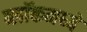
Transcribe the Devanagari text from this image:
ब्लॉकमध्‍ये